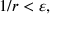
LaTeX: \; 1 / r < \varepsilon ,